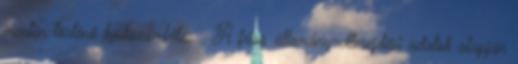
mentén történő lyukszámlálás . A friss állomány-elterejdési adatok alapján